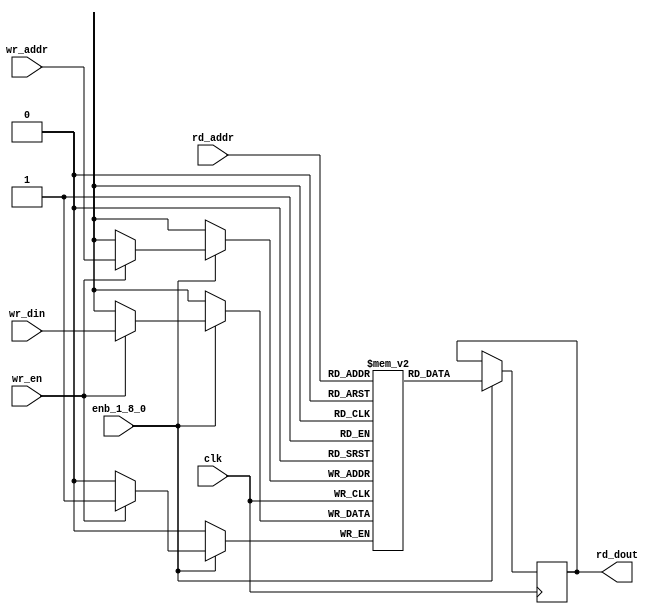
// -------------------------------------------------------------
// 
// 
// Generated by MATLAB 9.13 and HDL Coder 4.0
// 
// -------------------------------------------------------------


// -------------------------------------------------------------
// 
// Module: SimpleDualPortRAM_generic_block
// Source Path: joe_fft/FFT/RADIX22FFT_SDF1_1/SDFCommutator1/SimpleDualPortRAM_generic
// Hierarchy Level: 2
// 
// -------------------------------------------------------------

`timescale 1 ns / 1 ns

module SimpleDualPortRAM_generic_block
          (clk,
           enb_1_8_0,
           wr_din,
           wr_addr,
           wr_en,
           rd_addr,
           rd_dout);

  parameter integer AddrWidth  = 1;
  parameter integer DataWidth  = 1;

  input   clk;
  input   enb_1_8_0;
  input   signed [DataWidth - 1:0] wr_din;  // parameterized width
  input   [AddrWidth - 1:0] wr_addr;  // parameterized width
  input   wr_en;  // ufix1
  input   [AddrWidth - 1:0] rd_addr;  // parameterized width
  output  signed [DataWidth - 1:0] rd_dout;  // parameterized width


  reg  [DataWidth - 1:0] ram [2**AddrWidth - 1:0];
  reg  [DataWidth - 1:0] data_int;
  integer i;

  initial begin
    for (i=0; i<=2**AddrWidth - 1; i=i+1) begin
      ram[i] = 0;
    end
    data_int = 0;
  end


  always @(posedge clk)
    begin : SimpleDualPortRAM_generic_process
      if (enb_1_8_0 == 1'b1) begin
        if (wr_en == 1'b1) begin
          ram[wr_addr] <= wr_din;
        end
        data_int <= ram[rd_addr];
      end
    end

  assign rd_dout = data_int;

endmodule  // SimpleDualPortRAM_generic_block